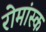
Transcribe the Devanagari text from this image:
रोमांस्क